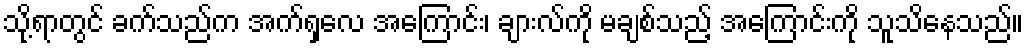
သို့ရာတွင် ခက်သည်က အက်ရှလေ အကြောင်း၊ ချားလ်ကို မချစ်သည့် အကြောင်းကို သူသိနေသည်။